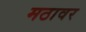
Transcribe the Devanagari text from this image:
मठावर